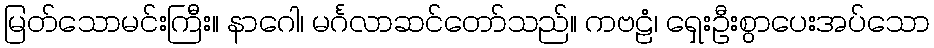
မြတ်သောမင်းကြီး။ နာဂေါ၊ မင်္ဂလာဆင်တော်သည်။ ကဗဠံ၊ ရှေးဦးစွာပေးအပ်သော